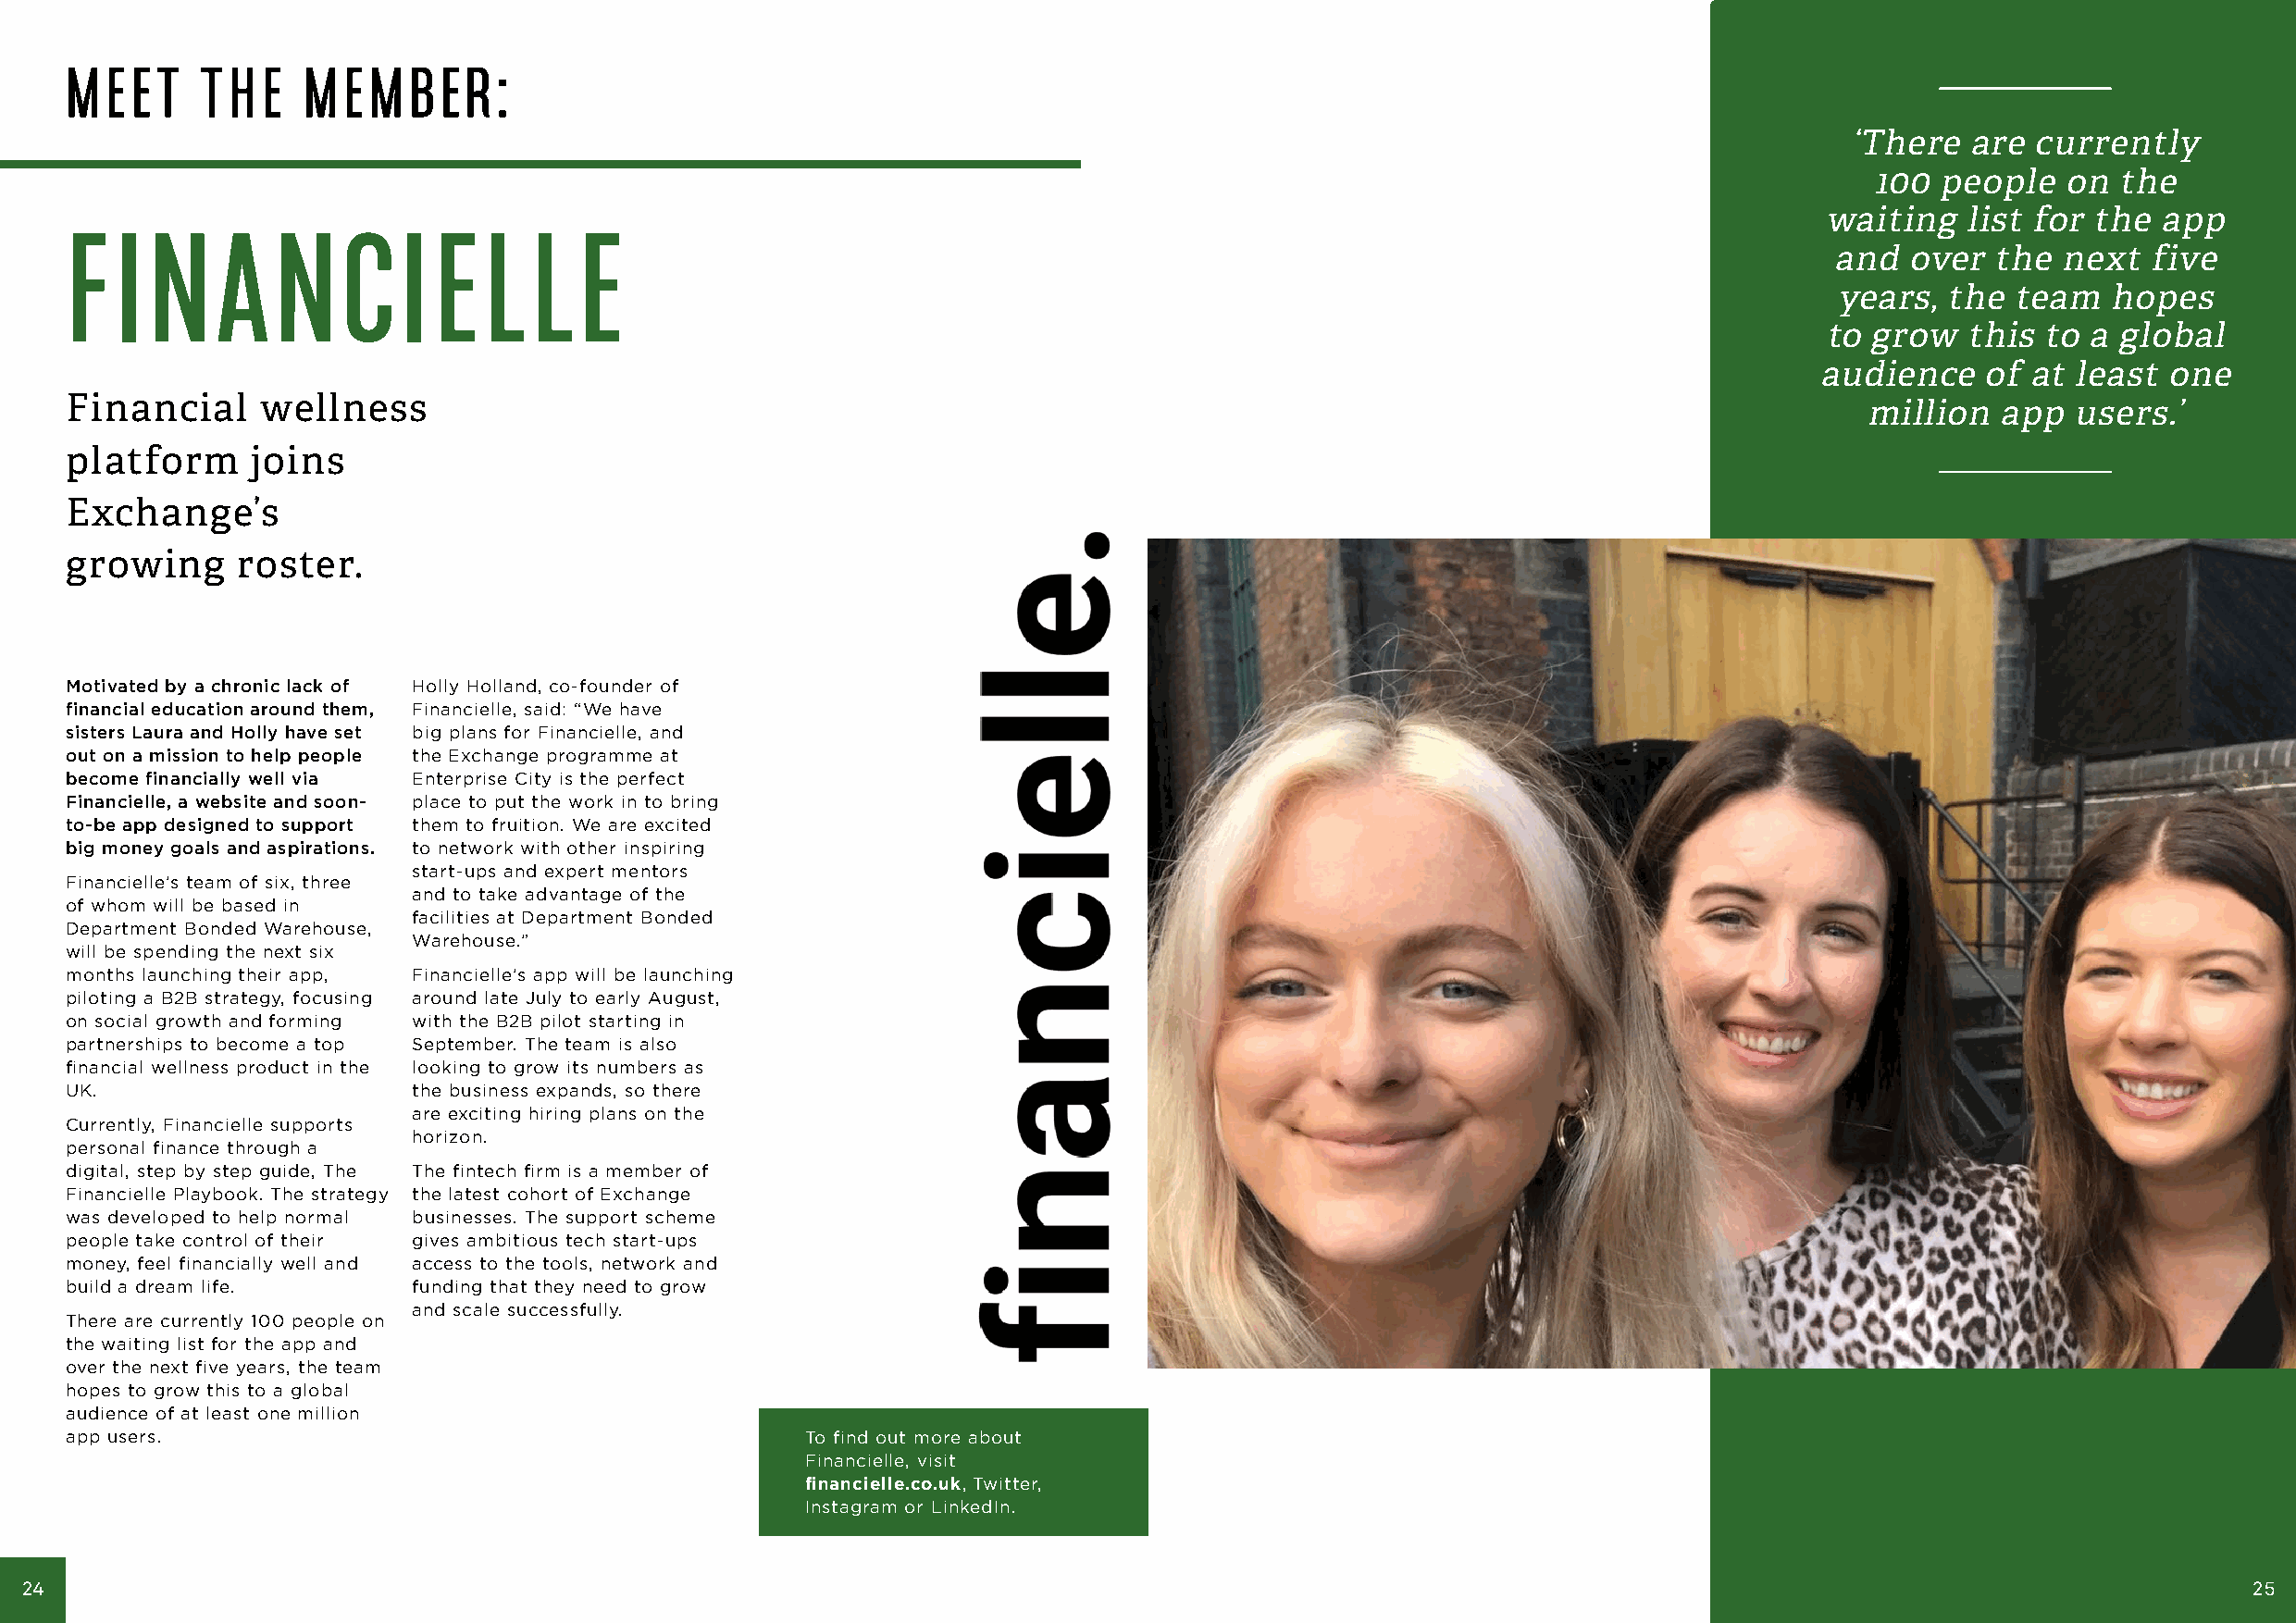
MEET     THE     MEMBER:
 ‘There   are currently
 100  people   on the
 F  I  N    A   NC       I E   L  L  E                                                                                        waiting    list for the app
 and  over   the next   five
 years,  the  team   hopes
 to grow   this to a global
 audience    of at least  one
 Financial     wellness                                                                                                          million   app  users.’
 platform     joins
 Exchange’s
 growing     roster.
 Motivated by a chronic lack of Holly Holland, co-founder of
 financial education around them, Financielle, said: “We have
 sisters Laura and Holly have set big plans for Financielle, and
 out on a mission to help people the Exchange programme at
 become financially well via Enterprise City is the perfect
 Financielle, a website and soon- place to put the work in to bring
 to-be app designed to support them to fruition. We are excited
 big money goals and aspirations. to network with other inspiring
 start-ups and expert mentors
 Financielle’s team of six, three
 and to take advantage of the
 of whom will be based in
 facilities at Department Bonded
 Department Bonded Warehouse,
 Warehouse.”
 will be spending the next six
 months launching their app, Financielle’s app will be launching
 piloting a B2B strategy, focusing around late July to early August,
 on social growth and forming with the B2B pilot starting in
 partnerships to become a top September. The team is also
 financial wellness product in the looking to grow its numbers as
 UK.                     the business expands, so there
 are exciting hiring plans on the
 Currently, Financielle supports
 horizon.
 personal finance through a
 digital, step by step guide, The The fintech firm is a member of
 Financielle Playbook. The strategy the latest cohort of Exchange
 was developed to help normal businesses. The support scheme
 people take control of their gives ambitious tech start-ups
 money, feel financially well and access to the tools, network and
 build a dream life.     funding that they need to grow
 and scale successfully.
 There are currently 100 people on
 the waiting list for the app and
 over the next five years, the team
 hopes to grow this to a global
 audience of at least one million
 app users.                                           To find out more about
 Financielle, visit
 financielle.co.uk, Twitter,
 Instagram or LinkedIn.
 24                                                                                                                                                              25